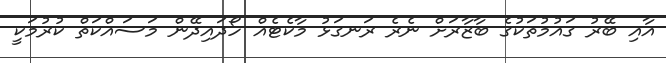
އާއި ބޭރު ގައުމުތަކުގެ ބާޒާރަށް ނެރެ ރަނގަޅު މާކެޓެއް ހޯދައިދޭން މަސައްކަތް ކުރުމަކީ